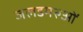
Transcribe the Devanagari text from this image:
जलडमरुओं